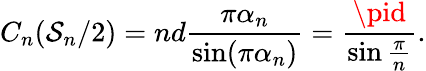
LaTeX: C_{n}(\mathcal{S}_{n}/2)=nd\frac{{\pi\alpha_{n}}}{{\sin(\pi\alpha_{n})}}=\frac{{\pid}}{{\sin\frac{{\pi}}{{n}}}}.